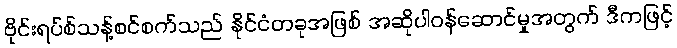
ဗိုင်းရပ်စ်သန့်စင်စက်သည် နိုင်ငံတခုအဖြစ် အဆိုပါဝန်ဆောင်မှုအတွက် ဒီကဖြင့်